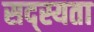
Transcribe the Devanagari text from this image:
सद्स्यता